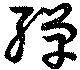
殫